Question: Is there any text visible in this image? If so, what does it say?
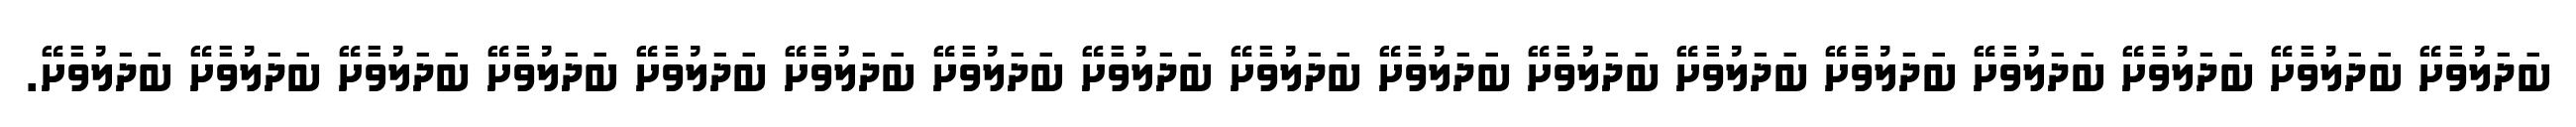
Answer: ބަަދަލުވާށޭ ބަަދަލުވާށޭ ބަަދަލުވާށޭ ބަަދަލުވާށޭ ބަަދަލުވާށޭ ބަަދަލުވާށޭ ބަަދަލުވާށޭ ބަަދަލުވާށޭ ބަަދަލުވާށޭ ބަަދަލުވާށޭ ބަަދަލުވާށޭ ބަަދަލުވާށޭ ބަަދަލުވާށޭ ބަަދަލުވާށޭ ބަަދަލުވާށޭ ބަަދަލުވާށޭ ބަަދަލުވާށޭ.